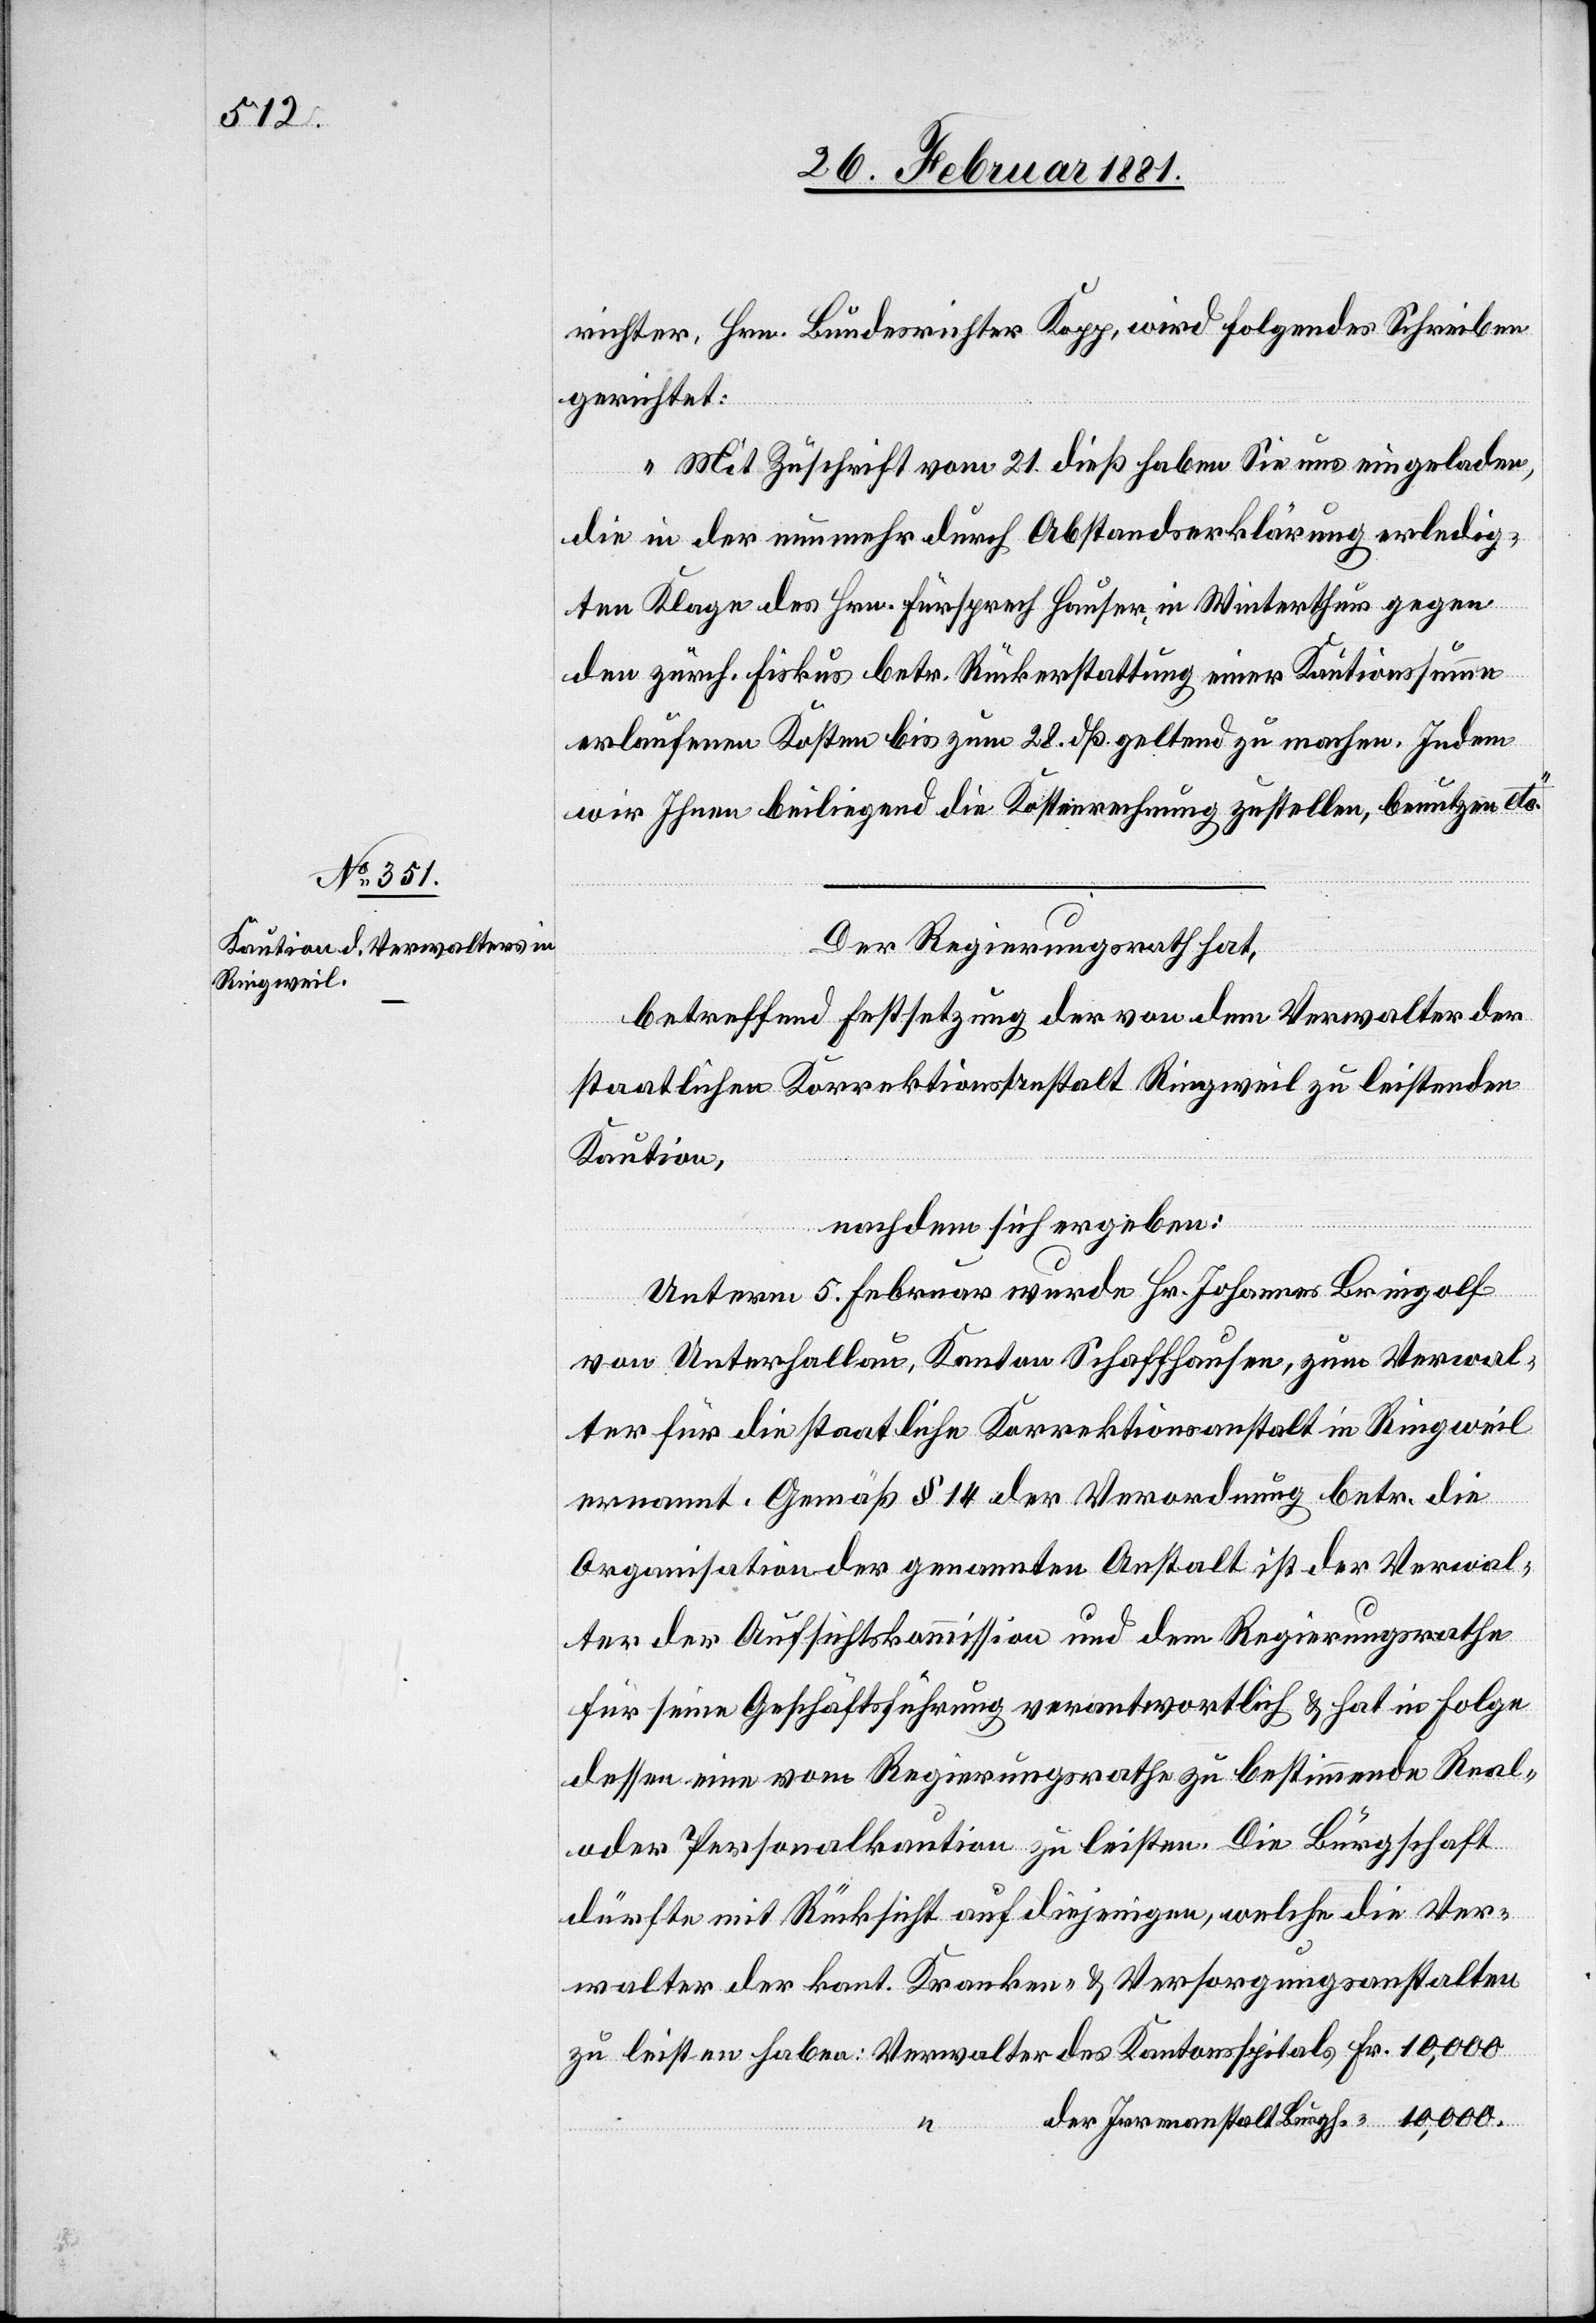
richter, Hrn. Bundesrichter Kopp, wird folgendes Schreiben
gerichtet:
„Mit Zuschrift vom 21. dieß haben Sie uns eingeladen,
die in der nunmehr durch Abstandserklärung erledig¬
ten Klage des Hrn. Fürsprech Hauser, in Winterthur gegen
den zürch. Fiskus betr. Rückerstattung einer Kautionssumme
erlaufenen Kosten bis zum 28. dß geltend zu machen. Indem
wir Ihnen beiliegend die Kostenrechnung zustellen, benutzen etc.“
gh.
Der Regierungsrath hat,
betreffend Festsetzung der von dem Verwalter der
staatlichen Korrektionsanstalt Ringweil zu leistenden
Kaution,
nachdem sich ergeben:
Unterm 5. Februar wurde Hr. Johannes Bringolf
von Unterhallau, Kanton Schaffhausen, zum Verwal¬
ter für die staatliche Korrektionsanstalt in Ringweil
ernannt. Gemäß § 14 der Verordnung betr. die
Organisation der genannten Anstalt ist der Verwal¬
ter der Aufsichtskommission und dem Regierungsrathe
für seine Geschäftsführung verantwortlich & hat in Folge
dessen eine vom Regierungsrathe zu bestimmende Real-
oder Personalkaution zu leisten. Die Bürgschaft
dürfte mit Rücksicht auf diejenigen, welche die Ver¬
walter der kant. Kranken- & Versorgungsanstalten